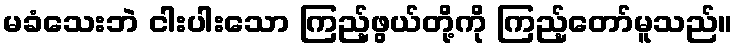
မခံသေးဘဲ ငါးပါးသော ကြည့်ဖွယ်တို့ကို ကြည့်တော်မူသည်။